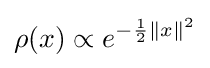
\rho (x)\propto e^{-{\frac {1}{2}}\|x\|^{2}}